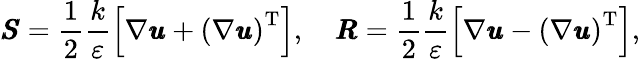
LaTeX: \pmb{S}=\frac{1}{2}\frac{k}{\varepsilon}\left[\nabla\pmb{u}+\left(\nabla\pmb{u}\right)^{\operatorname{T}}\right],\quad\pmb{R}=\frac{1}{2}\frac{k}{\varepsilon}\left[\nabla\pmb{u}-\left(\nabla\pmb{u}\right)^{\operatorname{T}}\right],